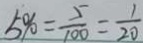
5 \% = \frac { 5 } { 1 0 0 } = \frac { 1 } { 2 0 }